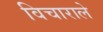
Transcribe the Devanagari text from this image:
विचाराले